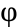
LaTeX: \upvarphi